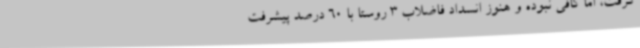
گرفت، اما کافی نبوده و هنوز انسداد فاضلاب 3 روستا با 60 درصد پیشرفت